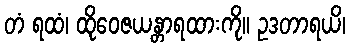
တံ ရထံ၊ ထိုဝေဇယန္တာရထားကို။ ဥဒတာရယိ၊